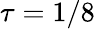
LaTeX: \tau=1/8